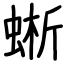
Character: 蜥